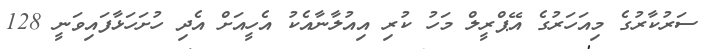
ސަރުކާރުގެ މިއަހަރުގެ އޭޕްރީލް މަހު ކުރި އިއުލާނާއެކު އެހީއަށް އެދި ހުށަހަޅާފައިވަނީ 128